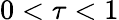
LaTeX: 0<\tau<1